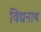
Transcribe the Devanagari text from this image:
विद्यनाथ